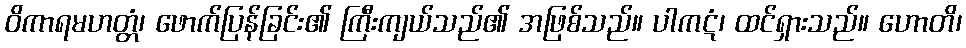
ဝိကာရမဟတ္တံ၊ ဖောက်ပြန်ခြင်း၏ ကြီးကျယ်သည်၏ အဖြစ်သည်။ ပါကဋံ၊ ထင်ရှားသည်။ ဟောတိ၊